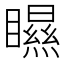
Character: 𥌁